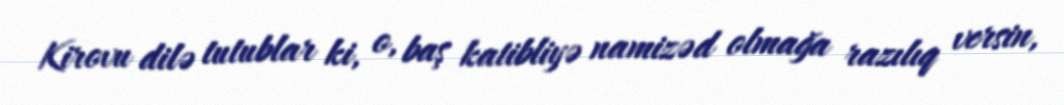
Kirovu dilə tutublar ki, o, baş katibliyə namizəd olmağa razılıq versin,